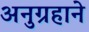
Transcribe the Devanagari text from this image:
अनुग्रहाने